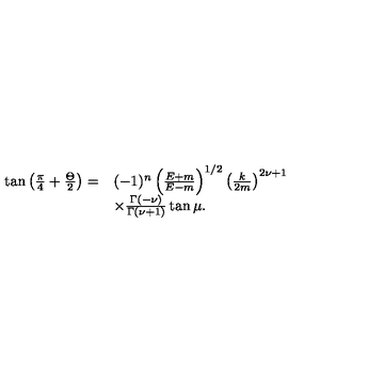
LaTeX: \begin{array} { r l } { \tan \left( \frac { \pi } { 4 } + \frac { \Theta } { 2 } \right) = } & { ( - 1 ) ^ { n } \left( \frac { E + m } { E - m } \right) ^ { 1 / 2 } \left( \frac { k } { 2 m } \right) ^ { 2 \nu + 1 } } \\ { } & { \times \frac { \Gamma ( - \nu ) } { \Gamma ( \nu + 1 ) } \tan \mu . } \\ \end{array}